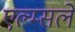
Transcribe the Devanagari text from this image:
एल्म्सले